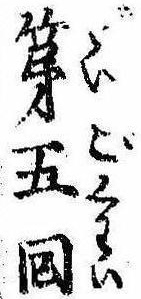
第五回